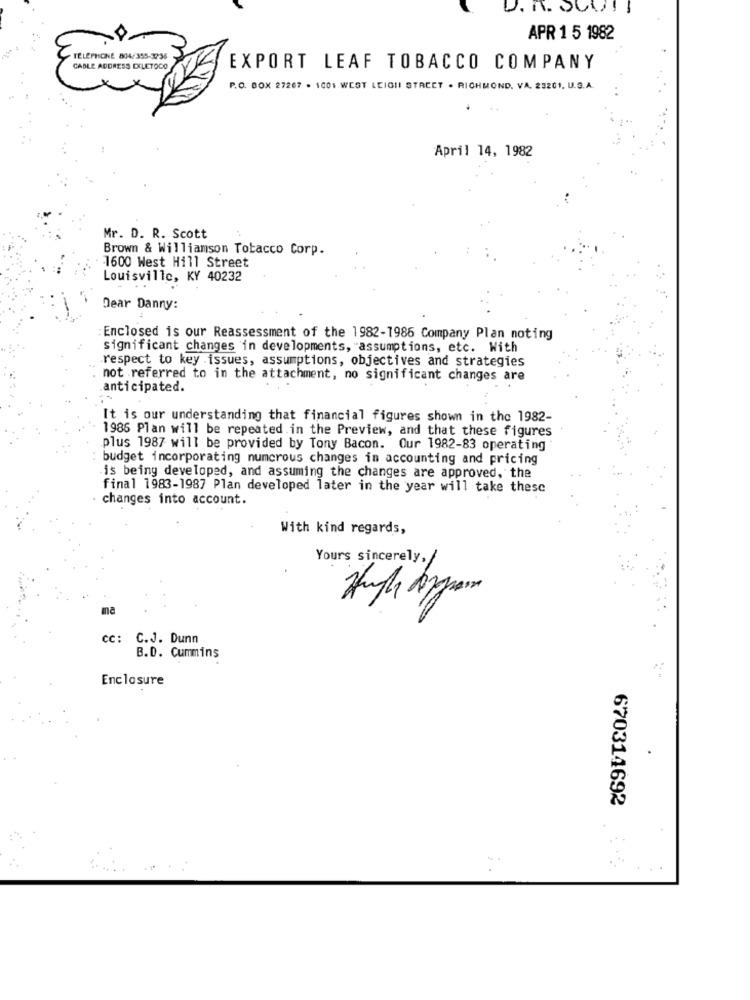
U. A. JUNI
APR 1 5 1982
TELEPHONE 804/355-32:36
CABLE ADDRESS DILETOCO
EXPORT LEAF TOBACCO COMPANY
P.O. BOX 27267 . 1001 WEST LEIGII STREET . RICHMOND, VA. 23201, U.S.A.
April 14, 1982
Mr. D. R. Scott
Brown & Williamson Tobacco Corp.
1600 West Hill Street
Louisville, KY 40232
Dear Danny:
: Enclosed is our Reassessment of the 1982-1986 Company Plan noting
significant changes in developments, "assumptions, etc. With
respect to key issues, assumptions, objectives and strategies
: not referred to in the attachment, no significant changes are
anticipated.
It is our understanding that financial figures shown in the 1982-
1986 Plan will be repeated.in the Preview, and that these figures
plus 1987 will be provided by Tony Bacon. Our 1982-83 operating
budget incorporating numcrous changes in accounting and pricing
is being developed, and assuming the changes are approved, the
final 1983-1987 Plan developed later in the year will take these
changes into account.
With kind regards,
Yours sincerely,
na
Cc :
C.J. Dunn
B.D. Cummins
Enclosure
670314692